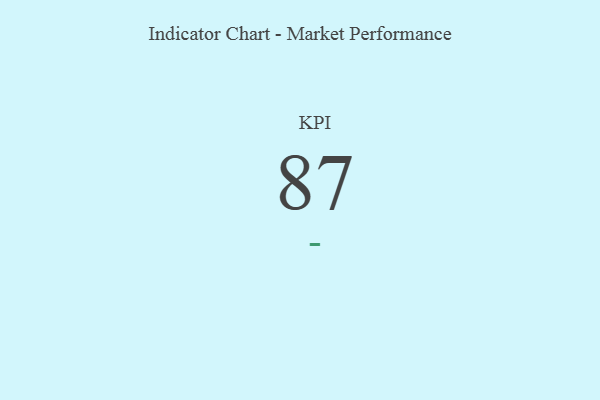
{"axis": {"x": "KPI", "y": "Value"}, "legend": [""], "data": [{"x": "KPI", "y": 87, "type": ""}]}